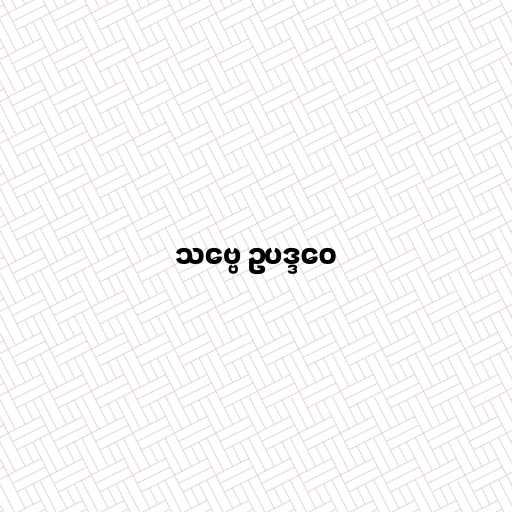
သဗ္ဗေ ဥပဒ္ဒဝေ